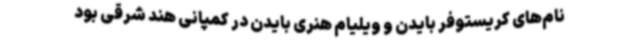
نام‌های کریستوفر بایدن و ویلیام هنری بایدن در کمپانی هند شرقی بود